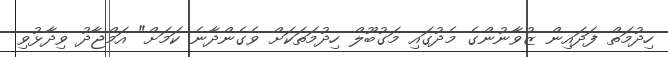
ހިދުމަތް ފަދައިން ޒުވާނުންގެ މެދުގައި މަގުބޫލް ހިދުމަތަކަށް ވެގެންދާނެ ކަމަށް" އަމްޖާދު ވިދާޅުވި